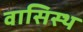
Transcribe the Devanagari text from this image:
वासिस्ठ